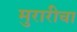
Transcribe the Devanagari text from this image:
मुरारीचा